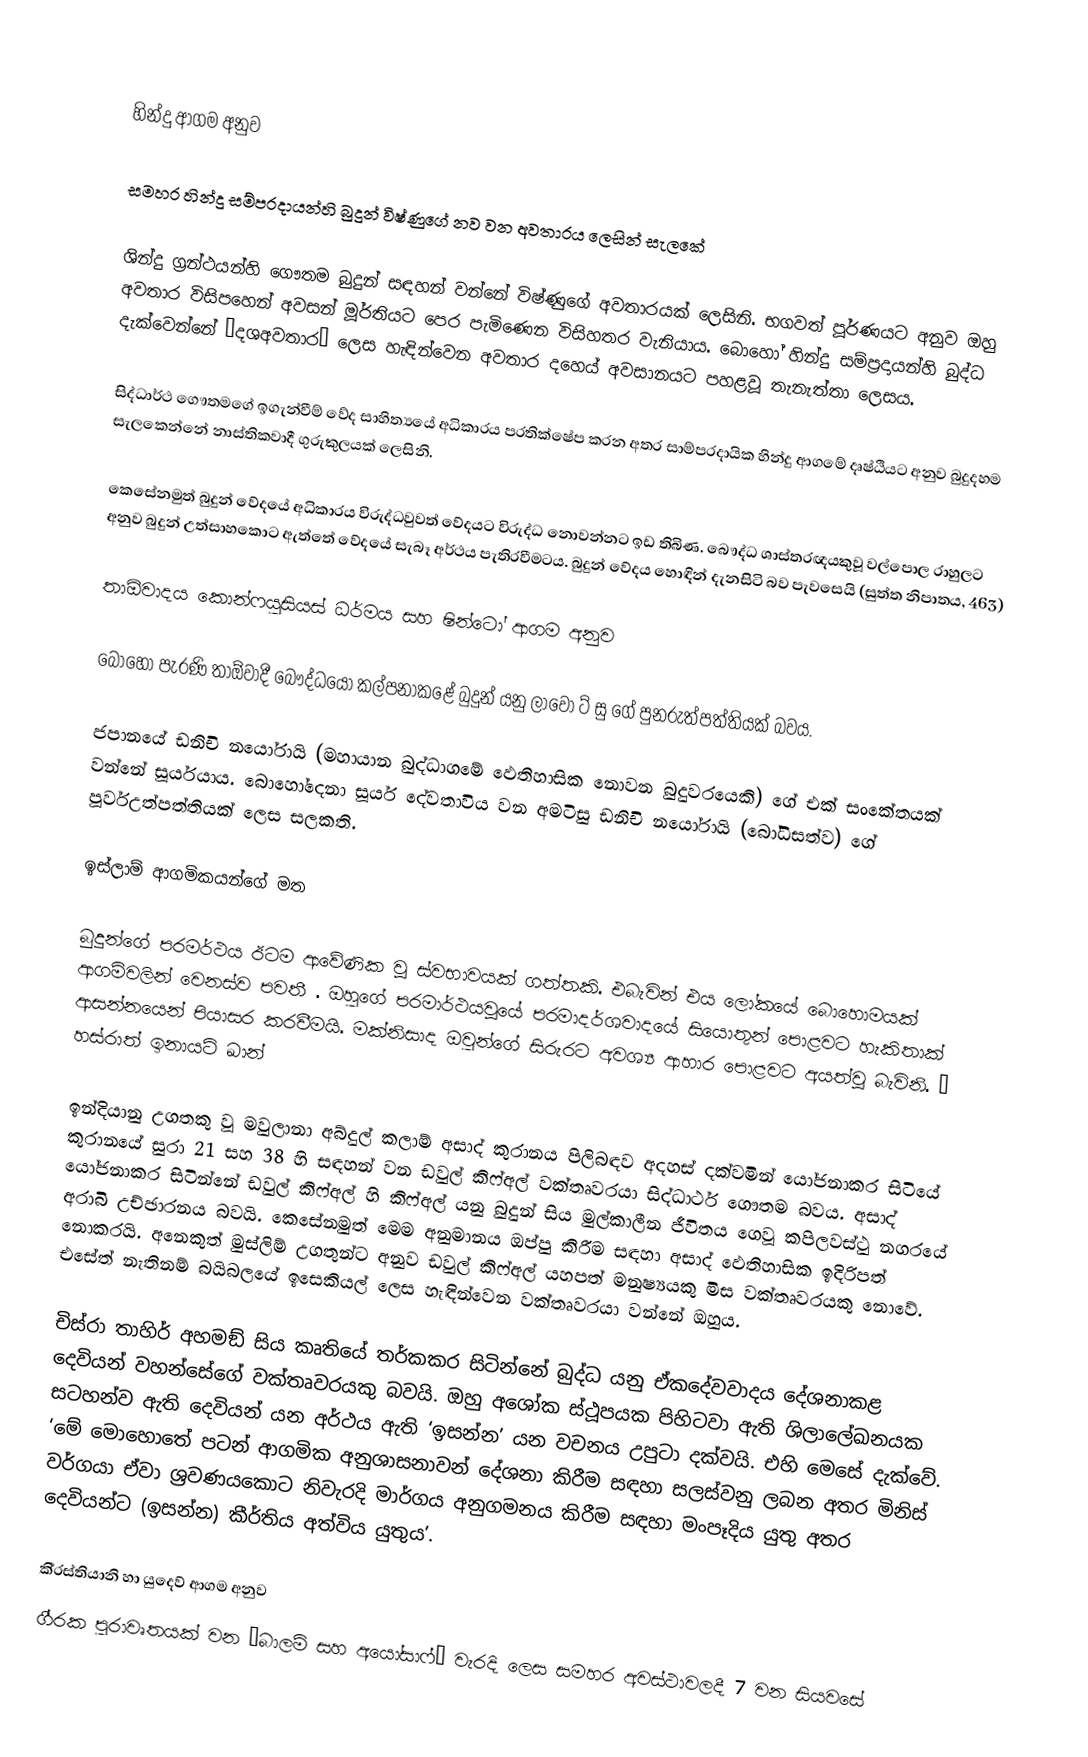

හින්දු ආගම අනුව

සමහර හින්දු සම්ප‍්‍රදායන්හි බුදුන් විෂ්ණුගේ නව වන අවතාරය ලෙසින් සැලකේ

ශින්දු ග‍්‍රන්ථයන්හි ගෞතම බුදුන් සඳහන් වන්නේ විෂ්ණුගේ අවතාරයක් ලෙසිනි. භගවත් පූර්ණයට අනුව ඔහු අවතාර විසිපහෙන් අවසන් මූර්තියට පෙර පැමිණෙන විසිහතර වැනියාය. බොහෝ හින්දු සම්ප‍්‍රදායන්හි බුද්ධ දැක්වෙන්නේ ‘දශඅවතාර’ ලෙස හැඳින්වෙන අවතාර දහෙය් අවසානයට පහළවූ තැනැත්තා ලෙසය.

සිද්ධාර්ථ ගෞතමගේ ඉගැන්වීම් වේද සාහිත්‍යයේ අධිකාරය ප‍්‍රතික්ෂේප කරන අතර සාම්ප‍්‍රදායික හින්දු ආගමේ දෘෂ්ඨියට අනුව බුදුදහම සැලකෙන්නේ නාස්තිකවාදී ගුරුකුලයක් ලෙසිනි.

කෙසේනමුත් බුදුන් වේදයේ අධිකාරය විරුද්ධවුවත් වේදයට විරුද්ධ නොවන්නට ඉඩ තිබිණ. බෞද්ධ ශාස්ත‍්‍රඥයකුවූ වල්පොල රාහුලට අනුව බුදුන් උත්සාහකොට ඇත්තේ වේදයේ සැබෑ අර්ථය පැතිරවීමටය. බුදුන් වේදය හොඳින් දැනසිටි බව පැවසෙයි (සුත්ත නිපාතය, 463)

තාඕවාදය කොන්ෆයුසියස් ධර්මය සහ ෂින්ටෝ ආගම අනුව

බොහෝ පැරණි තාඕවාදී බෞද්ධයෝ කල්පනාකළේ බුදුන් යනු ලාවෝ ට් සු ගේ පුනරුත්පත්තියක් බවය.

ජපානයේ ඩනිචි නයෝරායි (මහායාන බුද්ධාගමේ ඵෙතිහාසික නොවන බුදුවරයෙකි) ගේ එක් සංකේතයක් වන්නේ සූර්යයාය. බොහෝදෙනා සූර්ය දේවතාවිය වන අමටිසු ඩනිචි නයෝරායි (බෝධිසත්ව) ගේ පූර්වඋත්පත්තියක් ලෙස සලකති.

ඉස්ලාම් ආගමිකයන්ගේ මත

බුදුන්ගේ පරමර්ථය ඊටම ආවේණික වූ ස්වභාවයක් ගත්තකි. එබැවින් එය ලෝකයේ බොහොමයක් ආගම්වලින් වෙනස්ව පවතී . ඔහුගේ පරමාර්ථයවූයේ පරමාදර්ශවාදයේ සියොතුන් පොළවට හැකිතාක් ආසන්නයෙන් පියාසර කරවීමයි. මක්නිසාද ඔවුන්ගේ සිරුරට අවශ්‍ය ආහාර පොළවට අයත්වූ බැවිනි. – හස්රාත් ඉනායට් ඛාන්

ඉන්දියානු උගතකු වූ මවුලානා අබ්දුල් කලාම් අසාද් කුරානය පිලිබඳව අදහස් දක්වමින් යෝජනාකර සිටියේ කුරානයේ සුරා 21 සහ 38 හි සඳහන් වන ඩවුල් කිෆ්අල් වක්තෘවරයා සිද්ධාර්ථ ගෞතම බවය. අසාද් යෝජනාකර සිටින්නේ ඩවුල් කිෆ්අල් හි කිෆ්අල් යනු බුදුන් සිය මුල්කාලීන ජීවිතය ගෙවූ කපිලවස්ථු නගරයේ අරාබි උච්ඡාරනය බවයි. කෙසේනමුත් මෙම අනුමානය ඔප්පු කිරීම සඳහා අසාද් ඵෙතිහාසික ඉදිරිපත් නොකරයි. අනෙකුත් මුස්ලිම් උගතුන්ට අනුව ඩවුල් කිෆ්අල් යහපත් මනුෂ්‍යයකු මිස වක්තෘවරයකු නොවේ. එසේත් නැතිනම් බයිබලයේ ඉසෙකියල් ලෙස හැඳින්වෙන වක්තෘවරයා වන්නේ ඔහුය.

චිස්රා තාහිර් අහමඞ් සිය කෘතියේ තර්කකර සිටින්නේ බුද්ධ යනු ඒකදේවවාදය දේශනාකළ දෙවියන් වහන්සේගේ වක්තෘවරයකු බවයි. ඔහු අශෝක ස්ථූපයක පිහිටවා ඇති ශිලාලේඛනයක සටහන්ව ඇති දෙවියන් යන අර්ථය ඇති ‘ඉසන්න’ යන වචනය උපුටා දක්වයි. එහි මෙසේ දැක්වේ. ‘මේ මොහොතේ පටන් ආගමික අනුශාසනාවන් දේශනා කිරීම සඳහා සලස්වනු ලබන අතර මිනිස් වර්ගයා ඒවා ශ‍්‍රවණයකොට නිවැරදි මාර්ගය අනුගමනය කිරීම සඳහා මංපෑදිය යුතු අතර දෙවියන්ට (ඉසන්න) කීර්තිය අත්විය යුතුය’.

කි‍්‍රස්තියානි හා යුදෙව් ආගම අනුව
ගී‍්‍රක පුරාවෘතයක් වන ‘බාලම් සහ අයෝසාෆ්’ වැරදි ලෙස සමහර අවස්ථාවලදී 7 වන සියවසේ